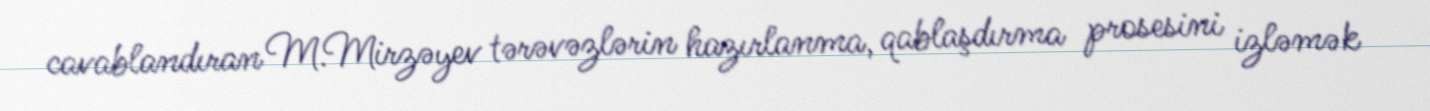
cavablandıran M.Mirzəyev tərəvəzlərin hazırlanma, qablaşdırma prosesini izləmək